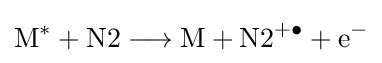
{{\mathrm {M^{\ast }} }{}+{}{\text{N2}}{}\mathrel {\longrightarrow } {}{\text{M}}{}+{}{\text{N2}}{\vphantom {A}}^{+\bullet }{}+{}\mathrm {e} {\vphantom {A}}^{-}}